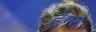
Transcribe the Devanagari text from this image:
हेम्‍स